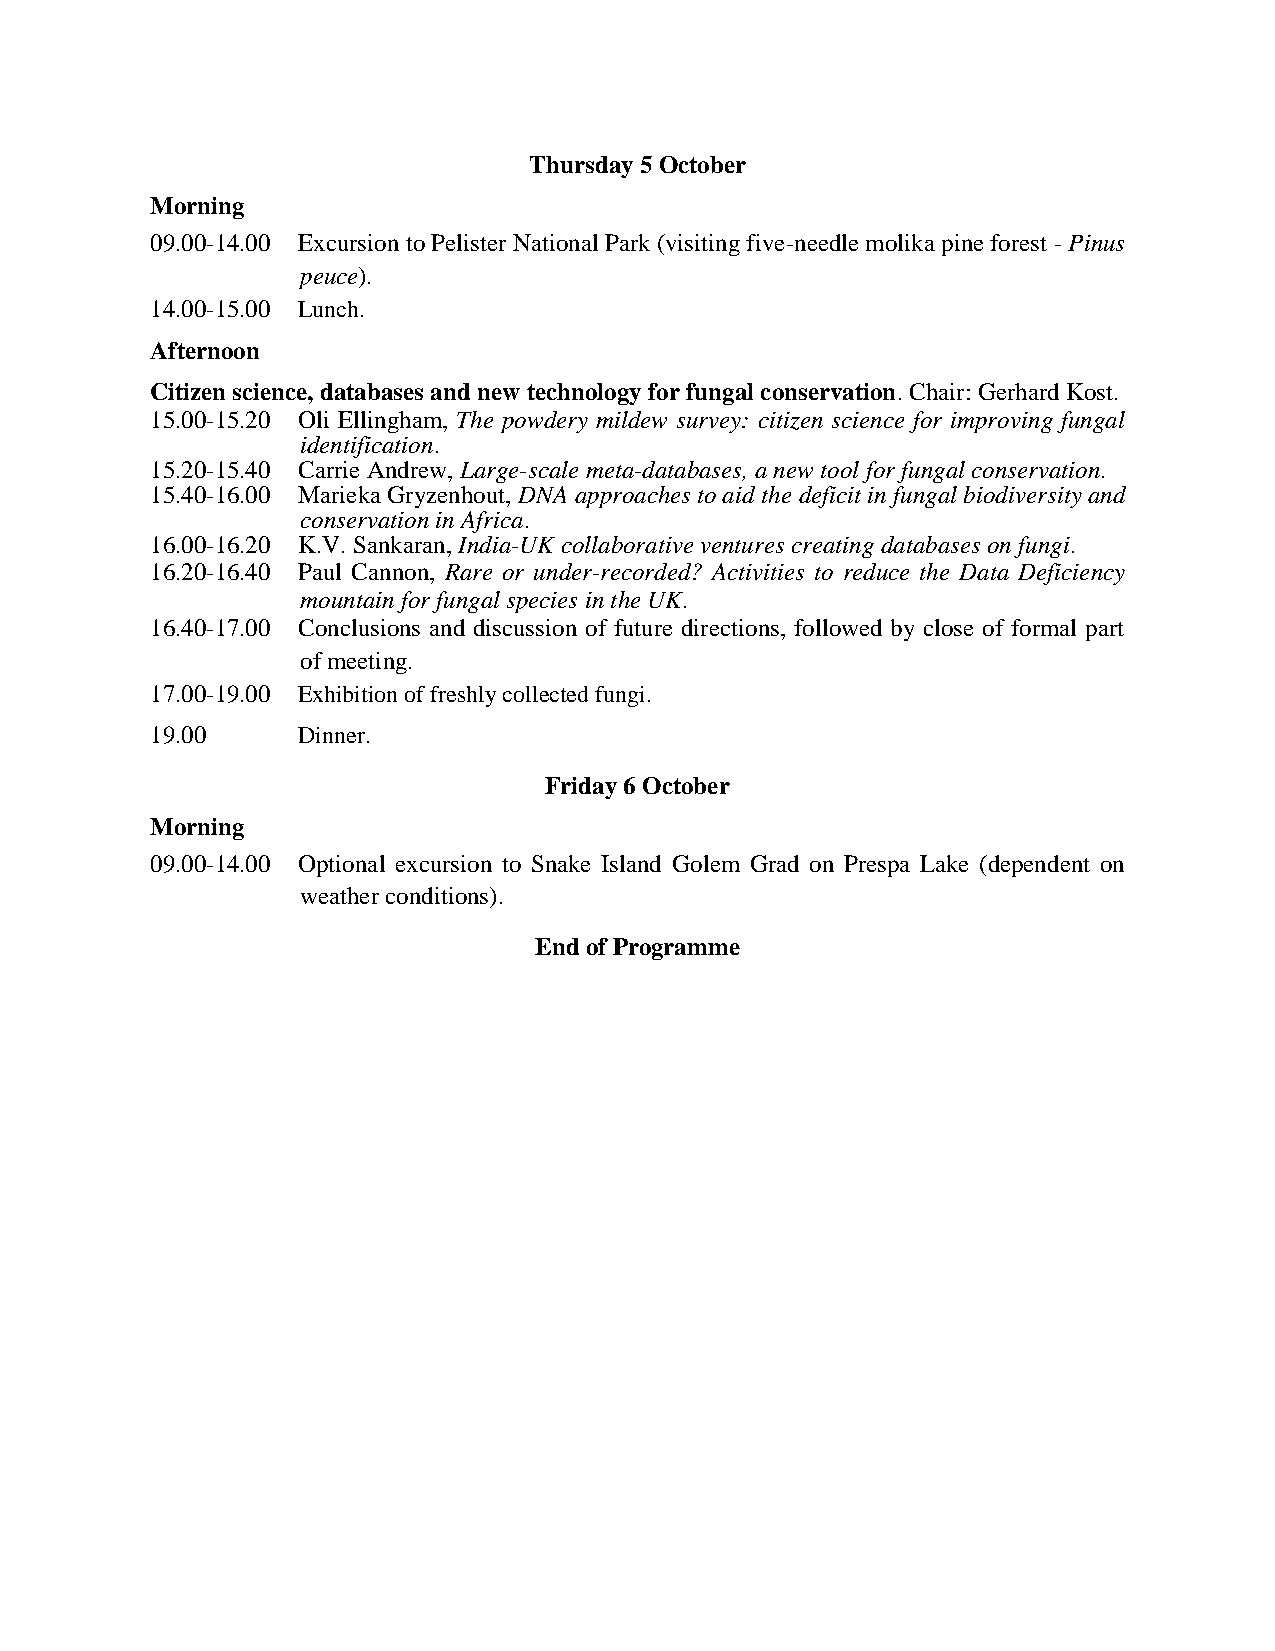
Thursday 5 October
 Morning
 09.00-14.00 Excursion to Pelister National Park (visiting five-needle molika pine forest - Pinus
 peuce).
 14.00-15.00 Lunch.
 Afternoon
 Citizen science, databases and new technology for fungal conservation. Chair: Gerhard Kost.
 15.00-15.20 Oli Ellingham, The powdery mildew survey: citizen science for improving fungal
 identification.
 15.20-15.40 Carrie Andrew, Large-scale meta-databases, a new tool for fungal conservation.
 15.40-16.00 Marieka Gryzenhout, DNA approaches to aid the deficit in fungal biodiversity and
 conservation in Africa.
 16.00-16.20 K.V. Sankaran, India-UK collaborative ventures creating databases on fungi.
 16.20-16.40 Paul Cannon, Rare or under-recorded? Activities to reduce the Data Deficiency
 mountain for fungal species in the UK.
 16.40-17.00 Conclusions and discussion of future directions, followed by close of formal part
 of meeting.
 17.00-19.00 Exhibition of freshly collected fungi.
 19.00     Dinner.
 Friday 6 October
 Morning
 09.00-14.00 Optional excursion to Snake Island Golem Grad on Prespa Lake (dependent on
 weather conditions).
 End of Programme